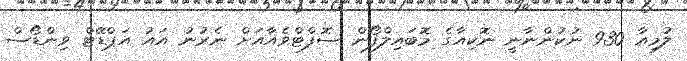
ލުމިއާ 930 ނުކުންނާނީ ނޮކިއާގެ މޮބައިލްފޯން ސޮފްޓްވެއާއަށް ނެރުނު އައު އަޕްޑޭޓް ވިންޑޯސް